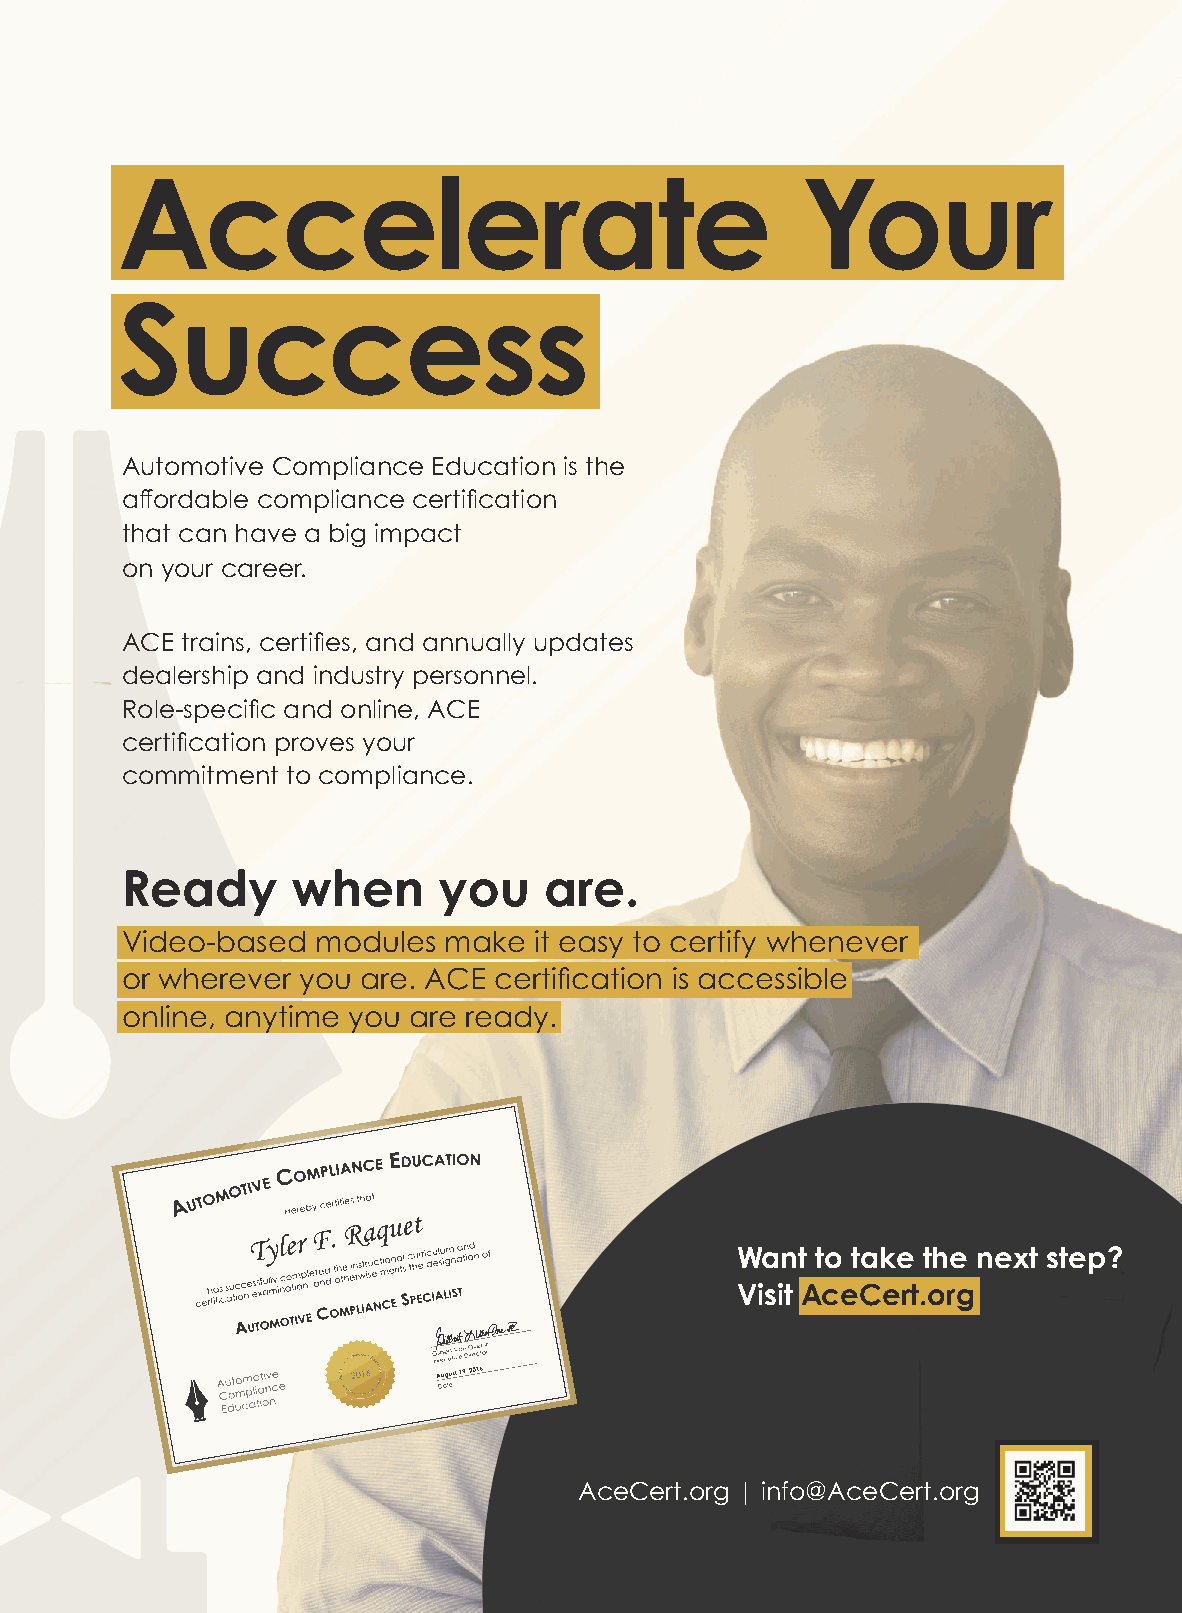
Accelerate                                   Your
 Success
 Automotive Compliance Education is the
 affordable compliance certification
 that can have a big impact
 on your career.
 ACE trains, certifies, and annually updates
 dealership and industry personnel.
 Role-specific and online, ACE
 certification proves your
 commitment to compliance.
 Ready      when      you    are.
 Video-based  modules make  it easy to certify whenever
 or wherever you are. ACE certification is accessible
 online, anytime you are ready.
 Want to take the next step?
 Visit AceCert.org
 AceCert.org | info@AceCert.org
 UUnnttiittlleedd--66 11                                                99//88//2200 22::1199 PPMM
 PPAAQQ44__22002200__TTOOCC..iinndddd 11                               99//2255//2200 22::0088 PPMM